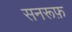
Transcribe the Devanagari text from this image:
सनरूफ़